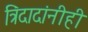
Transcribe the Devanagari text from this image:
त्रिंदादांनीही